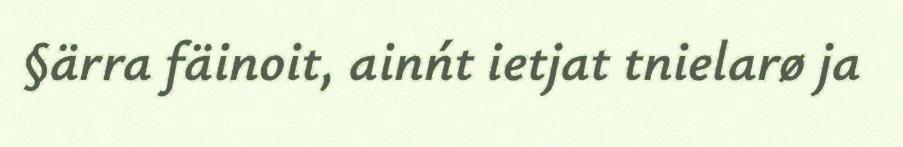
§ärra fäinoit, ainńt ietjat tnielarø ja